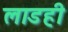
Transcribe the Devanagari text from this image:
लाडही